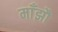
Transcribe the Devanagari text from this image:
माँझौ